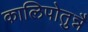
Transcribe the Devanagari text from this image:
कालिपोतुन्नै